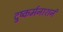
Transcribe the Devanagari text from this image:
दुष्कर्मनाशनं